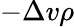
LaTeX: -\Delta v\rho